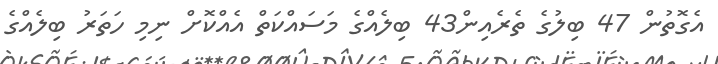
އެގޮތުން 47 ބިލުގެ ތެރެއިން43 ބިލެއްގެ މަސައްކަތް އެއްކޮށް ނިމި ހަތަރު ބިލެއްގެ